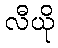
လီယို